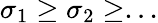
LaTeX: \sigma_{1}\ge\sigma_{2}\ge...